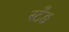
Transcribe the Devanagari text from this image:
स्टँङ